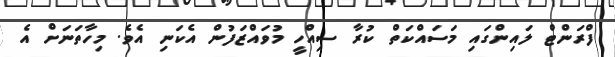
ފްރަންޓް ލައިންގައި މަސައްކަތް ކުރާ ސިއްހީ މުވައްޒަފުން އެކަނި އެވެ. މިހާތަނަށް އެ